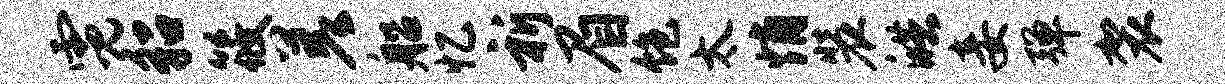
霓貂筱差船忆祈眉饱太悄装皓妾弹袈